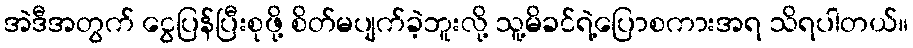
အဲဒီအတွက် ငွေပြန်ပြီးစုဖို့ စိတ်မပျက်ခဲ့ဘူးလို့ သူ့မိခင်ရဲ့ပြောစကားအရ သိရပါတယ်။